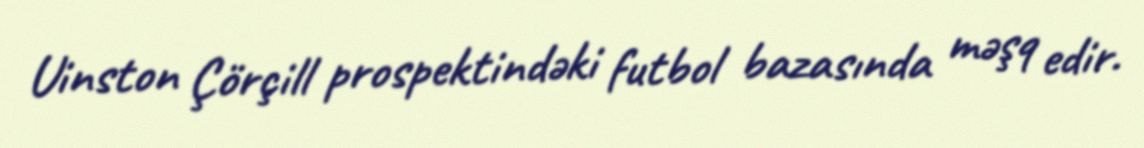
Uinston Çörçill prospektindəki futbol bazasında məşq edir.